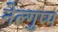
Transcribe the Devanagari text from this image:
नेल्गुप्प